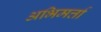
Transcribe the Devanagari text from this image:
अभिमर्त्ता